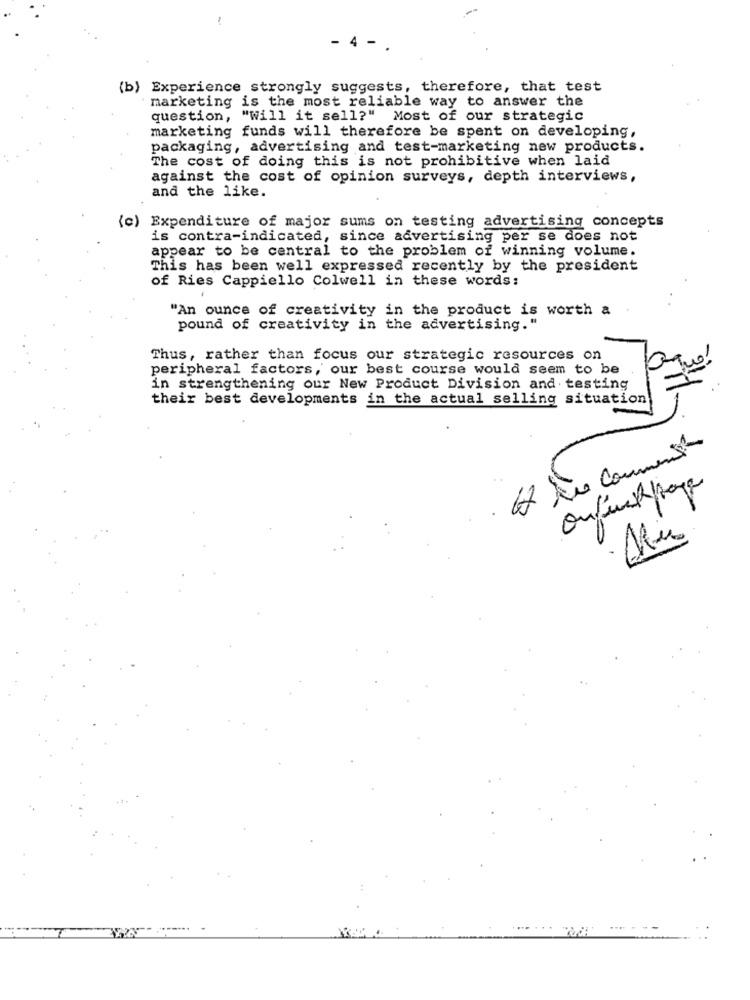
- 4 -
(b) Experience strongly suggests, therefore, that test
marketing is the most reliable way to answer the
question, "Will it sell?" Most of our strategic
marketing funds will therefore be spent on developing,
packaging, advertising and test-marketing new products.
The cost of doing this is not prohibitive when laid
against the cost of opinion surveys, depth interviews,
and the like.
(c) Expenditure of major sums on testing advertising concepts
is contra-indicated, since advertising per se does not
appear to be central to the problem of winning volume.
This has been well expressed recently by the president
of Ries Cappiello Colwell in these words:
"An ounce of creativity in the product is worth a
pound of creativity in the advertising."
Thus, rather than focus our strategic resources on
peripheral factors, our best course would seem to be
in strengthening our New Product Division and testing
their best developments in the actual selling situation
H è commenton